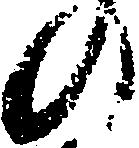
の